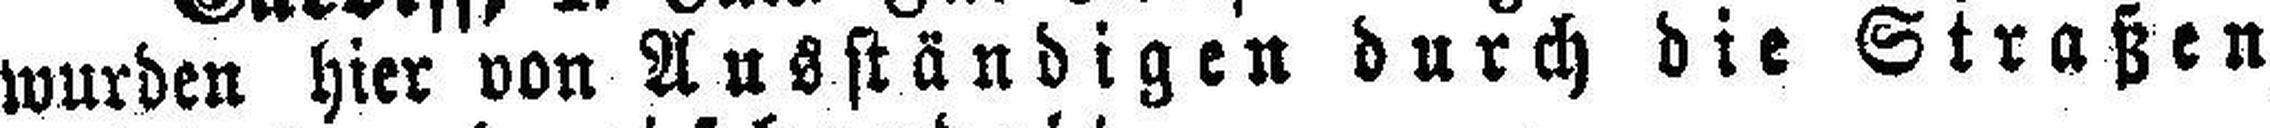
wurden hier von Ausständigen durch die Straßen